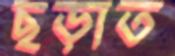
ছড়াত